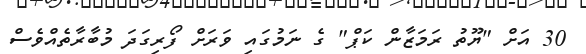
30 އަށް "ޔޫތު ރަމަޒާން ކަޕް" ގެ ނަމުގައި ވަރަށް ފޯރިގަދަ މުބާރާތެއްވެސް